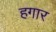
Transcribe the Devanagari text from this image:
हगार